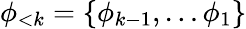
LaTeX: \phi_{<k}=\{ \phi_{k-1},\dots\phi_{1}\}